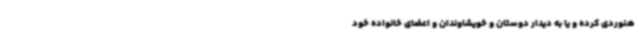
هنوردی کرده و یا به دیدار دوستان و خویشاوندان و اعضای خانواده خود